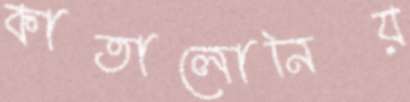
কাতালোনিয়